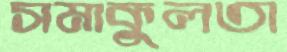
সমাকুলতা